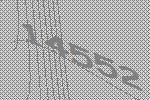
14552